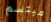
مبتسم